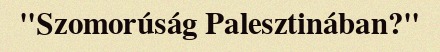
"Szomorúság Palesztinában?"